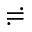
\risingdotseq